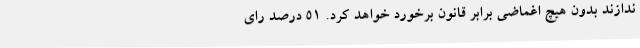
ندازند بدون هیچ اغماضی برابر قانون برخورد خواهد کرد. 51 درصد رای